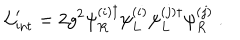
{ \cal L } _ { \mathrm { i n t } } ^ { \prime } = 2 g ^ { 2 } \psi _ { R } ^ { ( i ) \dagger } \psi _ { L } ^ { ( i ) } \psi _ { L } ^ { ( j ) \dagger } \psi _ { R } ^ { ( j ) } \ .